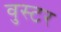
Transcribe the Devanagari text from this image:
वुस्टर